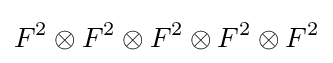
F^{2}\otimes F^{2}\otimes F^{2}\otimes F^{2}\otimes F^{2}